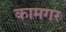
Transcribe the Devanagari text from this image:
कामगर